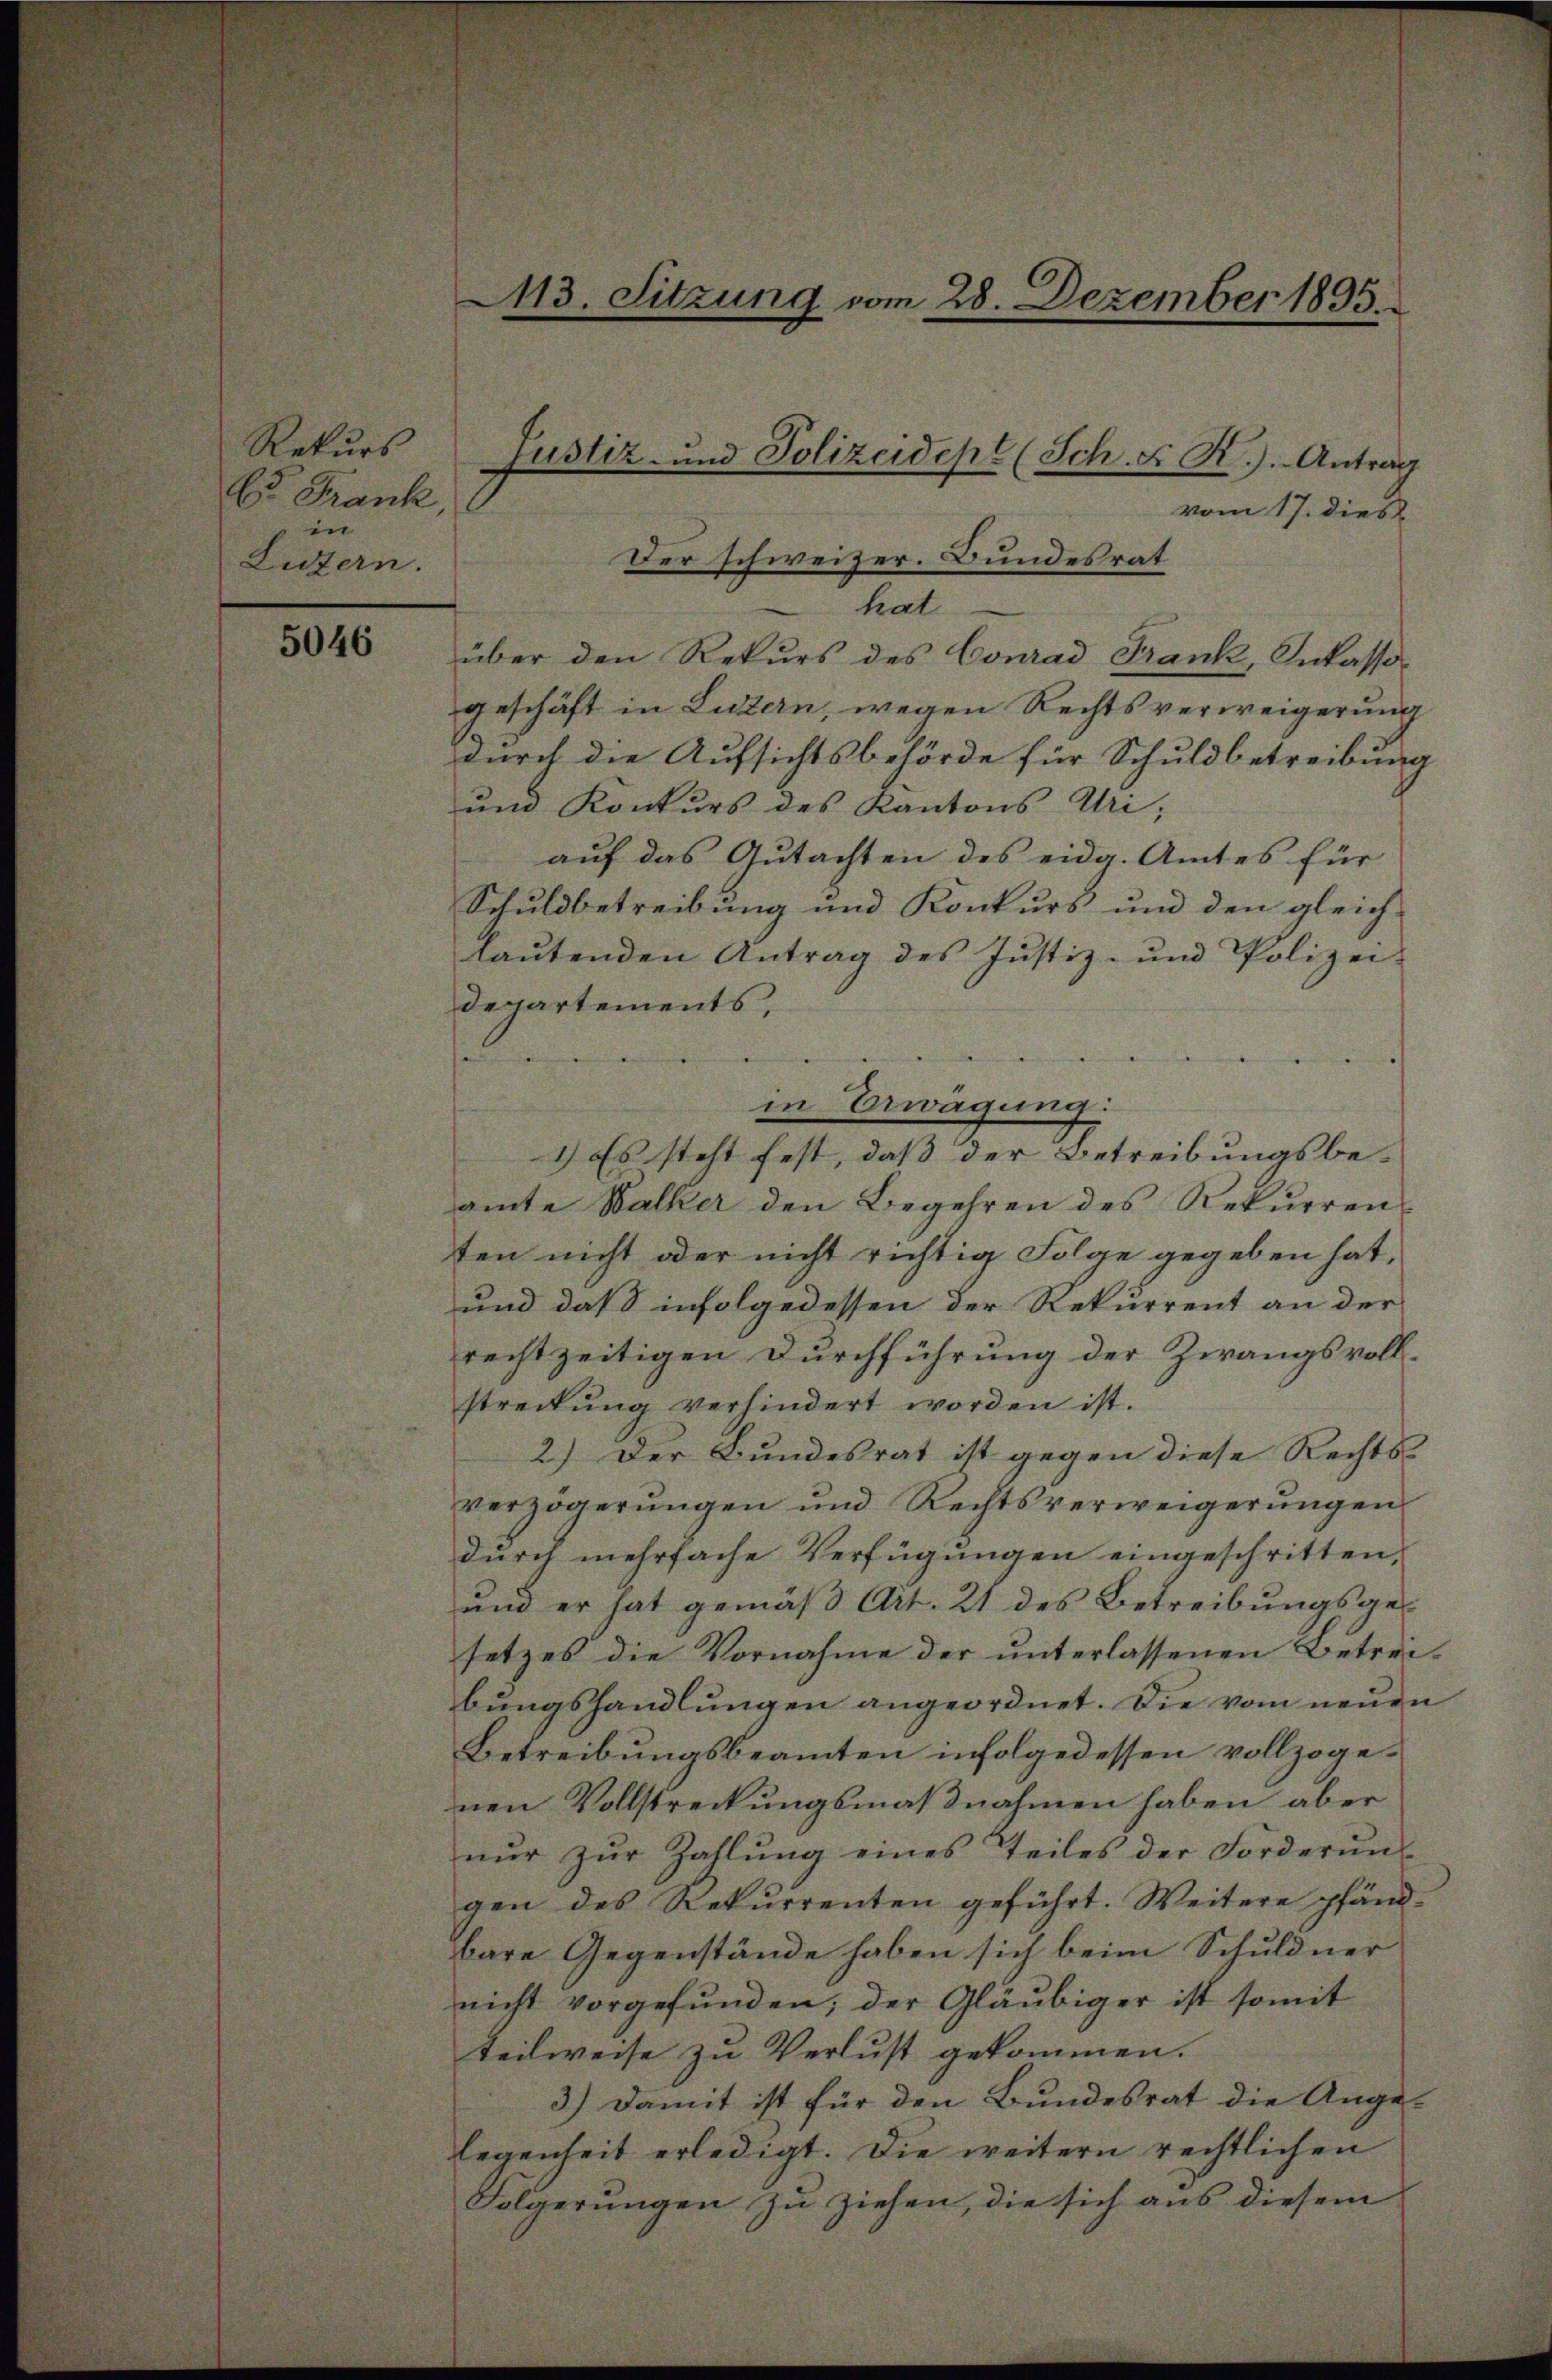
Rekurs
Co Frank
in
Luzern.

5046

113. Sitzung vom 28. Dezember 1895.

vom 17. dies
Der schweizer. Bundesrat
hat
e
über den Rekurs des Conrad Frank, Inkassogeschäft in Luzern, wegen Rechtsverweigerung
durch die Aufsichtsbehörde für Schuldbetreibung
und Konkurs des Kantons Uri,
auf das Gutachten des eidg. Amtes für
Schuldbetreibung und Konkurs und den gleich
laŭtenden Antrag des Justiz- und Polizei-
departements,
amte Walker den Begehren des Rekŭrren
ten nicht oder nicht richtig Folge gegeben hat,
und daß infolgedessen der Rekurrent an der
rechtzeitigen Durchführung der Zwangsvollstreckŭng verhindert worden ist.
2.) Der Bundesrat ist gegen diese Rechtsverzögerungen und Rechtsverweigerungen
durch mehrfache Verfügungen eingeschritten,
und er hat gemäß Art. 21 des Betreibungsgesetzes die Vornahme der ŭnterlassenen Betrei-
bungshandlungen angeordnet. Die vom neuen
Betreibungsbeamten infolgedessen vollzogenen Vollstreckungsmaßnahmen haben aber
nŭr zŭr Zahlŭng eines Teiles der Forderŭn
gen des Rekurrenten geführt. Weitere pfänd-
bare Gegenstände haben sich beim Schuldner
nicht vorgefunden; der Gläubiger ist somit
teilweise zu Verlust gekommen.
3.) Damit ist für den Bundesrat die Ange-
legenheit erledigt. Die weitern rechtlichen
Folgerungen zu ziehen, die sich aus diesem

Justiz- und Polizeidept (Sch. F. R.). Antrag

in Erwägung:
1) Es steht fest, daß der Betreibungsbe¬